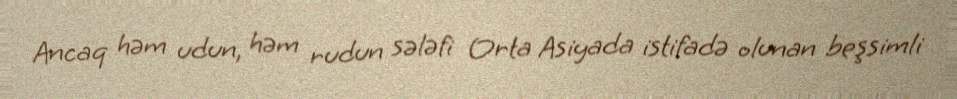
Ancaq həm udun, həm rudun sələfi Orta Asiyada istifadə olunan beşsimli